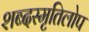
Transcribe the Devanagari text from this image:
शब्दस्मृतिलोप